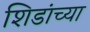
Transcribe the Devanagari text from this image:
शिडांच्या